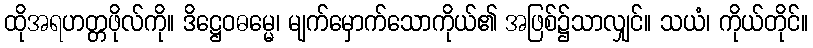
ထိုအရဟတ္တဖိုလ်ကို။ ဒိဋ္ဌေဝဓမ္မေ၊ မျက်မှောက်သောကိုယ်၏ အဖြစ်၌သာလျှင်။ သယံ၊ ကိုယ်တိုင်။